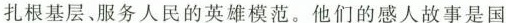
扎根基层、服务人民的英雄模范。他们的感人故事是国